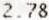
2.78